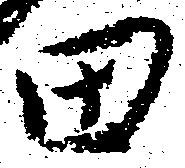
田